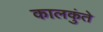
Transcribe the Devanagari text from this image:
कालकुंते